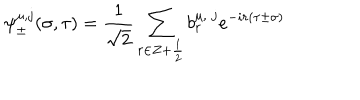
\psi _ { \pm } ^ { \mu , j } ( \sigma , \tau ) = \frac { 1 } { \sqrt 2 } \sum _ { r \in Z + \frac { 1 } { 2 } } b _ { r } ^ { \mu , \; j } e ^ { - i r ( \tau \pm \sigma ) }